Supplement to the account of plague administration in the Bombay Presidency from September 1896 till May 1897
Year: 1896
Disease focus: Plague
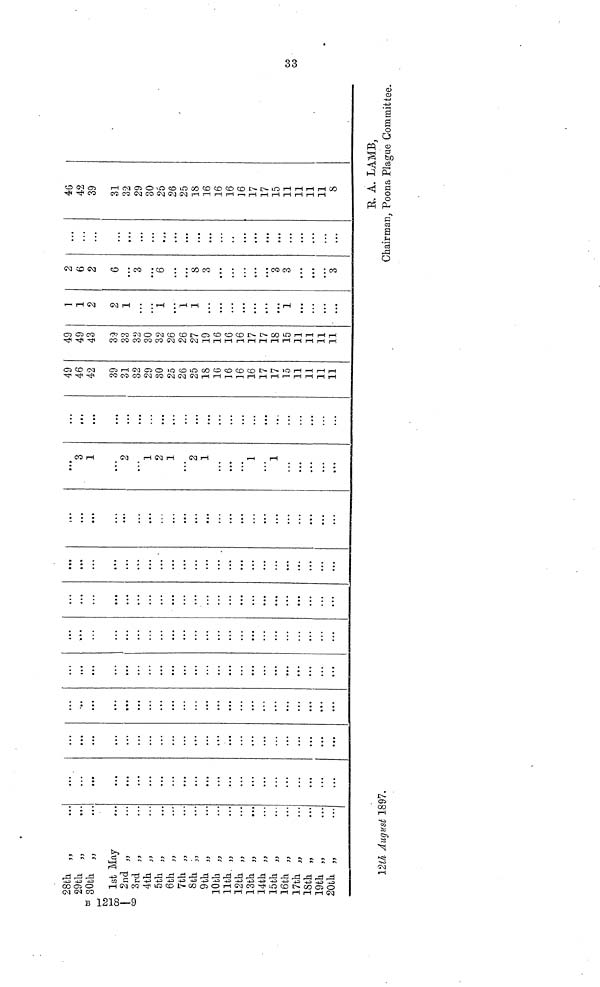
B 1218—9
00
28th
29th
30th
1st
2nd
3rd
4th
5th
6th
7th
8th
9th
10th
11th
12th
13th
14th
15th
16th
17th
18th
19th
20th
,,
,,
,,
May
,,
,,
,,
,,
,,
,,
,,
,,
,,
,,
,,
,,
,,
,,
,,
,,
,,
,,
,,
• • •
• • •
• • •
• • •
• • •
• • •
• • •
• • •
• • •
• • •
• • •
• • •
• • •
• • •
• • •
• • •
• • •
• • •
• • •
• • •
• • •
• • •
• • •
• • •
• • •
• • •
• • •
• • •
• • •
• • •
• • •
• • •
• • •
• • •
• • •
• • •
• • •
• • •
• • •
• • •
• • •
• • •
• • •
• • •
• • •
• • •
• • •
• • •
• • •
• • •
• • •
• • •
• • •
• • •
• • •
• • •
• • •
• • •
• • •
• • •
• • •
• • •
• • •
• • •
• • •
• • •
• • •
• • •
• • •
• • •
• • •
• • •
• • •
• • •
• • •
• • •
• • •
• • •
• • •
• • •
• • •
• • •
• • •
• • •
• • •
• • •
• • •
• • •
• • •
• • •
• • •
• • •
• • •
• • •
• • •
• • •
• • •
• • •
• • •
• • •
• • •
• • •
• • •
• • •
• • •
• • •
• • •
• • •
• • •
• • •
• • •
• • •
• • •
• • •
• • •
• • •
• • •
• • •
• • •
• • •
• • •
• • •
• • •
• • •
• • •
• • •
• • •
• • •
• • •
• • •
• • •
• • •
• • •
• • •
• • •
• • •
• • •
• • •
• • •
• • •
• • •
• • •
• • •
• • •
• • •
• • •
• • •
• • •
• • •
• • •
• • •
• • •
• • •
• • •
• • •
• • •
• • •
• • •
• • •
• • •
• • •
• • •
• • •
• • •
• • •
• • •
• • •
• • •
• • •
• • •
• • •
• • •
• • •
• • •
• • •
• • •
• • •
• • •
• • •
• • •
• • •
• • •
• • •
• • •
• • •
• • •
• • •
• • •
• • •
• • •
• • •
• • •
• • •
• • •
• • •
• • •
• • •
• • •
• • •
• • •
• • •
• • •
• • •
• • •
• • •
• • •
• • •
• • •
3
1
• • •
2
• • •
1
2
1
• • •
2
1
• • •
• • •
• • •
1
• • •
1
• • •
• • •
• • •
• • •
• • •
• • •
• • •
• • •
• • •
• • •
• • •
• • •
• • •
• • •
• • •
• • •
• • •
• • •
• • •
• • •
• • •
• • •
• • •
• • •
• • •
• • •
• • •
• • •
49
46
42
39
31
32
29
30
25
26
25
18
16
16
16
16
17
17
15
11
11
11
11
49
49
43
39
33
32
30
32
26
26
27
19
16
16
16
17
17
18
15
11
11
11
11
1
1
2
2
1
• • •
• • •
1
• • •
• • •
1
• • •
• • •
• • •
• • •
• • •
• • •
• • •
•
1
• • •
• • •
• • •
• ••
12th August 1897.
2
6
2
6
• • •
3
• • •
6
• • •
• • •
8
3
• • •
• • •
• • •
• • •
• • •
3
3
• • •
• • •
• • •
3
• • •
• • •
• • •
• • •
• • •
• • •
• • •
• • •
• • •
• • •
• • •
• • •
• • •
• • •
• • •
• • •
• • •
• • •
• • •
• • •
• • •
• • •
• • •
46
42
39
31
32
29
30
25
26
25
18
16
16
16
16
17
17
15
11
11
11
11
8
33
R. A. LAMB,
Chairman, Poona Plague Committee.